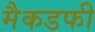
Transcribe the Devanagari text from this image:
मैकडफी